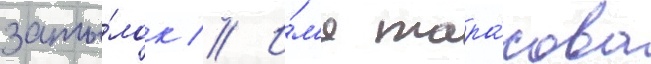
заты́лок // И́м'я тара́сова